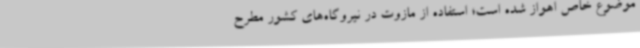
موضوع خاص اهواز شده است؛ استفاده از مازوت در نیروگاه‌های کشور مطرح